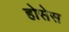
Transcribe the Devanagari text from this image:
होसेस